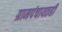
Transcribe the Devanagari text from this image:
ग्रामपंचायतही